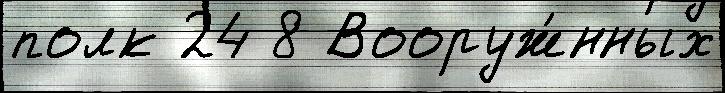
полк 24 8 Вооруж́нных